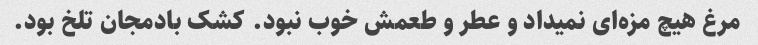
مرغ هیچ مزه‌ای نمیداد و عطر و طعمش خوب نبود. کشک بادمجان تلخ بود.